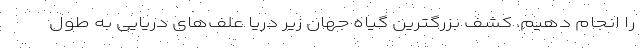
را انجام دهیم. کشف بزرگترین گیاه جهان زیر دریا علف‌های دریایی به طول